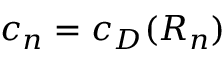
c _ { n } = c _ { D } ( { \cal R } _ { n } )